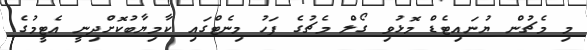
މި މެޗުން ޔުނައިޓެޑް މޮޅުވި ގޯލް މެޗުގެ ފަހު މިނެޓްގައި ކާމިޔާބުކޮށްދިނީ އެޓީމުގެ